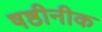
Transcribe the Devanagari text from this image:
षष्ठीनीक